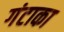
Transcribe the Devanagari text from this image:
गंटाका